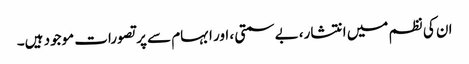
ان کی نظم میں انتشار، بے سمتی ، اور ابہام سے پر تصورات موجود ہیں۔